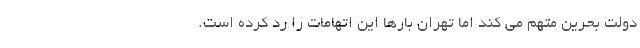
دولت بحرین متهم می کند اما تهران بارها این اتهامات را رد کرده است.